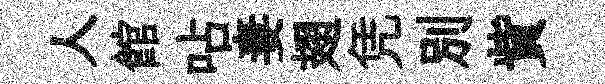
人館呫妻翅凭別貲